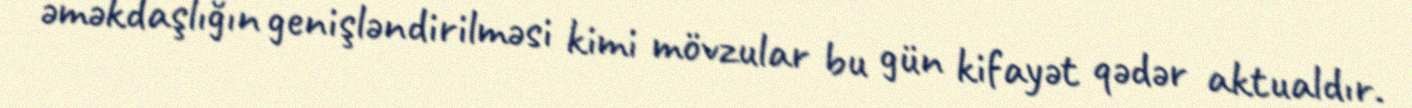
əməkdaşlığın genişləndirilməsi kimi mövzular bu gün kifayət qədər aktualdır.